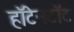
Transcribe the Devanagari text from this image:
हॉटेनटॉट